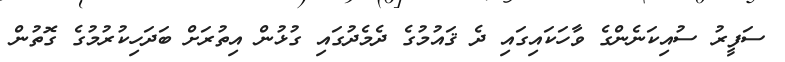
ސަފީރު ސުއިކަނެންގެ ވާހަކައިގައި ދެ ޤައުމުގެ ދެމެދުގައި ގުޅުން އިތުރަށް ބަދަހިކުރުމުގެ ގޮތުން